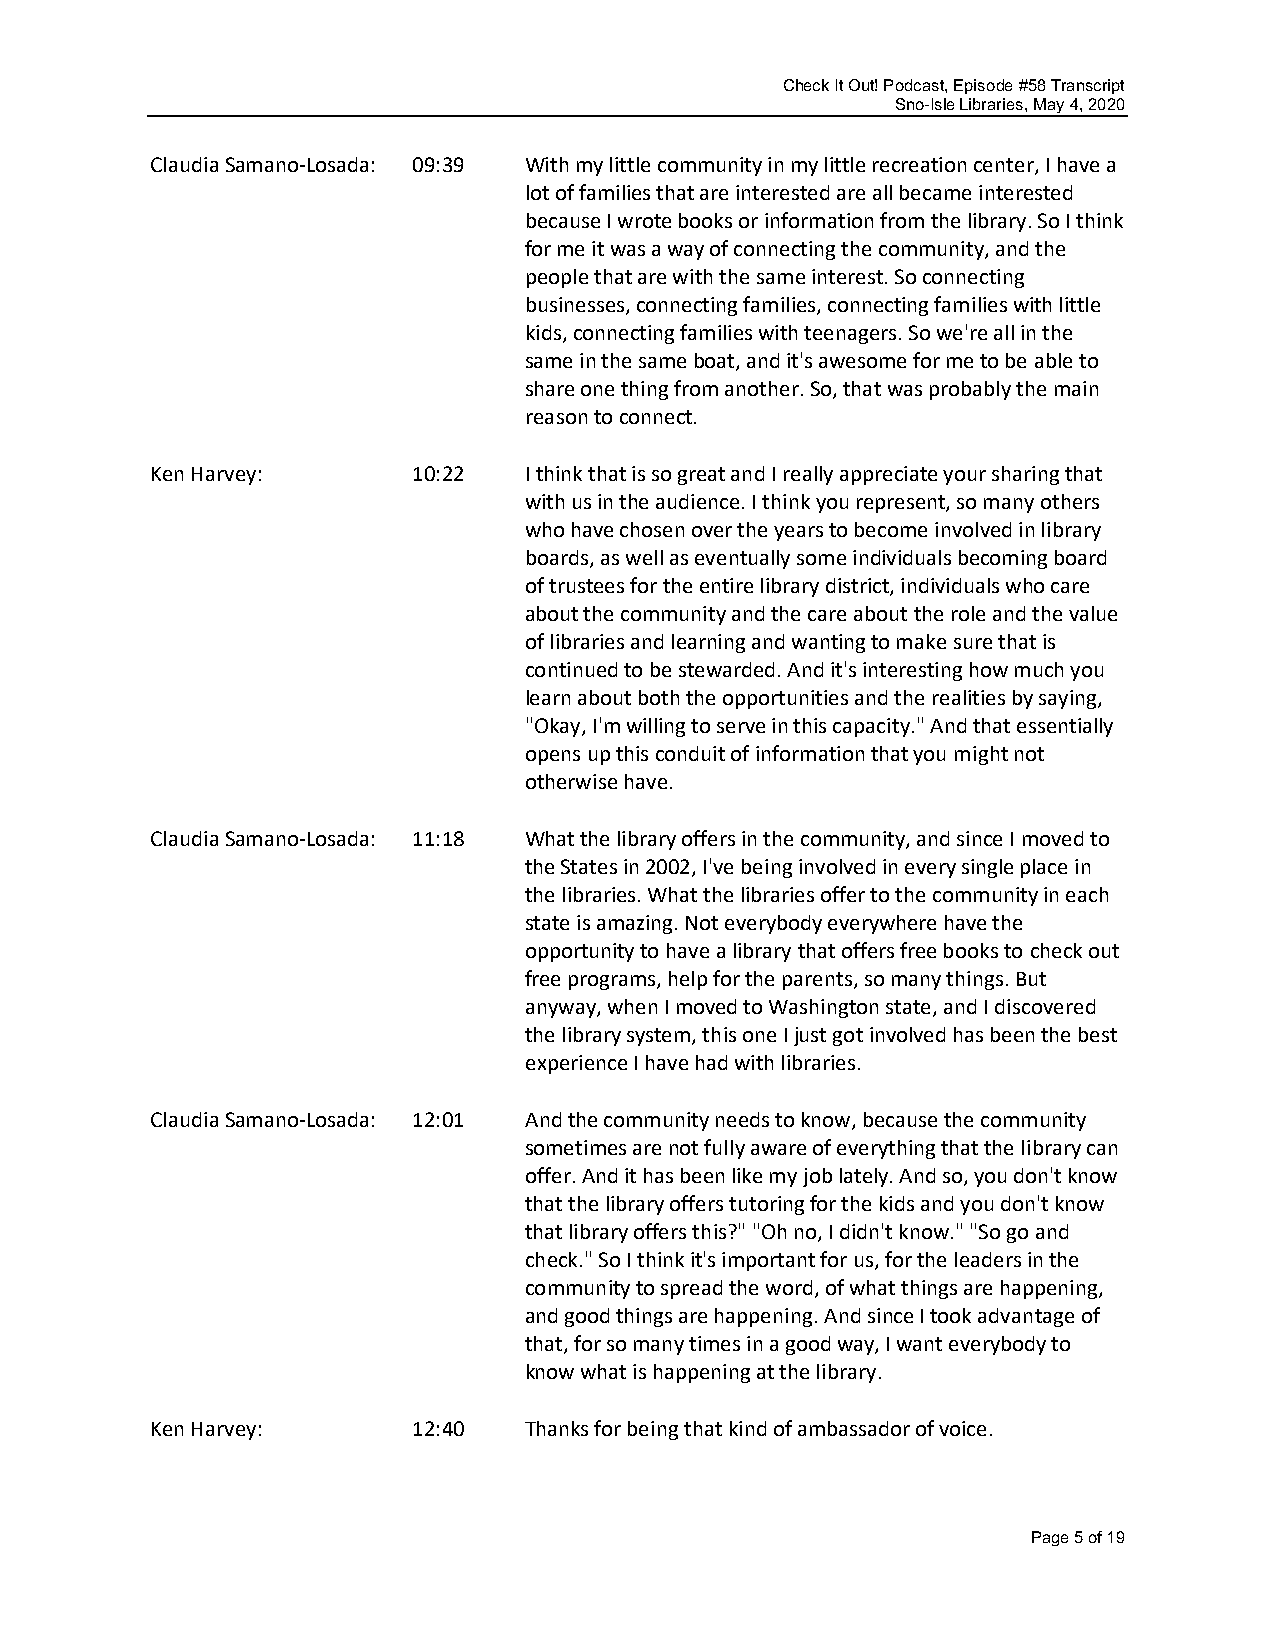
Check It Out! Podcast, Episode #58 Transcript
 Sno-Isle Libraries, May 4, 2020
 Claudia Samano-Losada: 09:39 With my little community in my little recreation center, I have a
 lot of families that are interested are all became interested
 because I wrote books or information from the library. So I think
 for me it was a way of connecting the community, and the
 people that are with the same interest. So connecting
 businesses, connecting families, connecting families with little
 kids, connecting families with teenagers. So we're all in the
 same in the same boat, and it's awesome for me to be able to
 share one thing from another. So, that was probably the main
 reason to connect.
 Ken Harvey:      10:22   I think that is so great and I really appreciate your sharing that
 with us in the audience. I think you represent, so many others
 who have chosen over the years to become involved in library
 boards, as well as eventually some individuals becoming board
 of trustees for the entire library district, individuals who care
 about the community and the care about the role and the value
 of libraries and learning and wanting to make sure that is
 continued to be stewarded. And it's interesting how much you
 learn about both the opportunities and the realities by saying,
 "Okay, I'm willing to serve in this capacity." And that essentially
 opens up this conduit of information that you might not
 otherwise have.
 Claudia Samano-Losada: 11:18 What the library offers in the community, and since I moved to
 the States in 2002, I've being involved in every single place in
 the libraries. What the libraries offer to the community in each
 state is amazing. Not everybody everywhere have the
 opportunity to have a library that offers free books to check out
 free programs, help for the parents, so many things. But
 anyway, when I moved to Washington state, and I discovered
 the library system, this one I just got involved has been the best
 experience I have had with libraries.
 Claudia Samano-Losada: 12:01 And the community needs to know, because the community
 sometimes are not fully aware of everything that the library can
 offer. And it has been like my job lately. And so, you don't know
 that the library offers tutoring for the kids and you don't know
 that library offers this?" "Oh no, I didn't know." "So go and
 check." So I think it's important for us, for the leaders in the
 community to spread the word, of what things are happening,
 and good things are happening. And since I took advantage of
 that, for so many times in a good way, I want everybody to
 know what is happening at the library.
 Ken Harvey:      12:40   Thanks for being that kind of ambassador of voice.
 Page 5 of 19